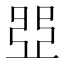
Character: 𠁁